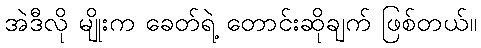
အဲဒီလို မျိုးက ခေတ်ရဲ့ တောင်းဆိုချက် ဖြစ်တယ်။